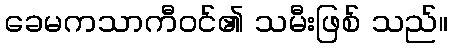
ခေမကသာကီဝင်၏ သမီးဖြစ် သည်။